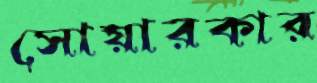
সোয়ারকার